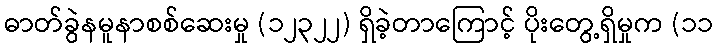
ဓာတ်ခွဲနမူနာစစ်ဆေးမှု (၁၂၃၂၂) ရှိခဲ့တာကြောင့် ပိုးတွေ့ရှိမှုက (၁၁